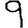
Digit: 9